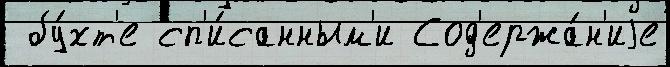
 бу́хт'е сп'и́санным'и Сод'ержа́н'иjе